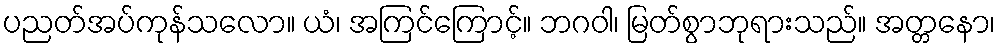
ပညတ်အပ်ကုန်သလော။ ယံ၊ အကြင်ကြောင့်။ ဘဂဝါ၊ မြတ်စွာဘုရားသည်။ အတ္တနော၊